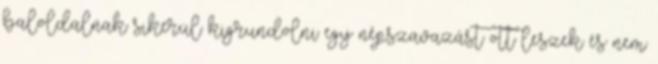
baloldalnak sikerül kigrundolni egy népszavazást ott leszek és nem